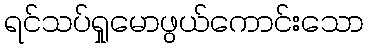
ရင်သပ်ရှုမောဖွယ်ကောင်းသော